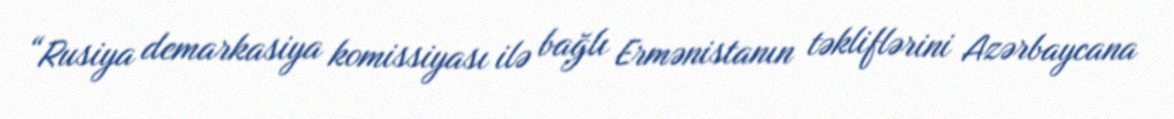
“Rusiya demarkasiya komissiyası ilə bağlı Ermənistanın təkliflərini Azərbaycana